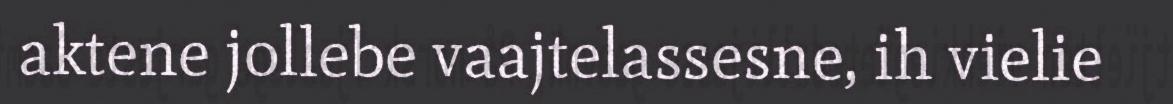
aktene jollebe vaajtelassesne, ih vielie